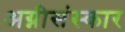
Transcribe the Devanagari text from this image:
अग्नीसंस्कार